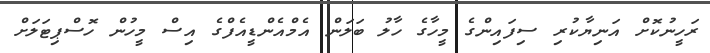
ރަހީނުކޮށް އަނިޔާކުރި ސިފައިންގެ މީހާގެ ހާލު ބަލަން އެމްއެންޑީއެފްގެ އިސް މީހުން ހޮސްޕިޓަލަށް